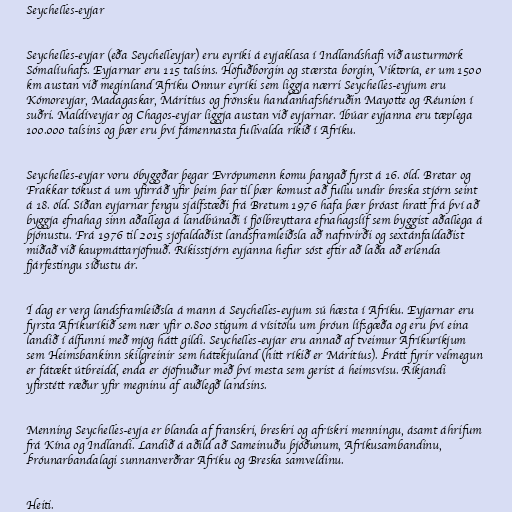
Seychelles-eyjar

Seychelles-eyjar (eða Seychelleyjar) eru eyríki á eyjaklasa í Indlandshafi við austurmörk
Sómalíuhafs. Eyjarnar eru 115 talsins. Höfuðborgin og stærsta borgin, Viktoría, er um 1500
km austan við meginland Afríku Önnur eyríki sem liggja nærri Seychelles-eyjum eru
Kómoreyjar, Madagaskar, Máritíus og frönsku handanhafshéruðin Mayotte og Réunion í
suðri. Maldíveyjar og Chagos-eyjar liggja austan við eyjarnar. Íbúar eyjanna eru tæplega
100.000 talsins og þær eru því fámennasta fullvalda ríkið í Afríku.

Seychelles-eyjar voru óbyggðar þegar Evrópumenn komu þangað fyrst á 16. öld. Bretar og
Frakkar tókust á um yfirráð yfir þeim þar til þær komust að fullu undir breska stjórn seint
á 18. öld. Síðan eyjarnar fengu sjálfstæði frá Bretum 1976 hafa þær þróast hratt frá því að
byggja efnahag sinn aðallega á landbúnaði í fjölbreyttara efnahagslíf sem byggist aðallega á
þjónustu. Frá 1976 til 2015 sjöfaldaðist landsframleiðsla að nafnvirði og sextánfaldaðist
miðað við kaupmáttarjöfnuð. Ríkisstjórn eyjanna hefur sóst eftir að laða að erlenda
fjárfestingu síðustu ár.

Í dag er verg landsframleiðsla á mann á Seychelles-eyjum sú hæsta í Afríku. Eyjarnar eru
fyrsta Afríkuríkið sem nær yfir 0.800 stigum á vísitölu um þróun lífsgæða og eru því eina
landið í álfunni með mjög hátt gildi. Seychelles-eyjar eru annað af tveimur Afríkuríkjum
sem Heimsbankinn skilgreinir sem hátekjuland (hitt ríkið er Máritíus). Þrátt fyrir velmegun
er fátækt útbreidd, enda er ójöfnuður með því mesta sem gerist á heimsvísu. Ríkjandi
yfirstétt ræður yfir megninu af auðlegð landsins.

Menning Seychelles-eyja er blanda af franskri, breskri og afrískri menningu, ásamt áhrifum
frá Kína og Indlandi. Landið á aðild að Sameinuðu þjóðunum, Afríkusambandinu,
Þróunarbandalagi sunnanverðrar Afríku og Breska samveldinu.

Heiti.